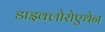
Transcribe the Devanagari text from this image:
डाइक्लोरोएथेन